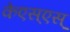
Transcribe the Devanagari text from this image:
केएस्‌एस्‌